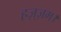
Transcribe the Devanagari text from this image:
हज़्ज़म।